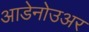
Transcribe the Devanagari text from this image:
आडेनोउअर